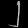
Digit: ၂